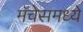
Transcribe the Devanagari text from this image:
मॅचेसमध्ये